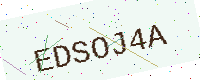
Text: EDSOJ4A